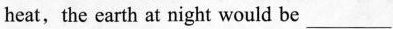
heat, the earth at night would be ___